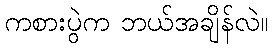
ကစားပွဲက ဘယ်အချိန်လဲ။